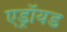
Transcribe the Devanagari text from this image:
एड्रॉयड